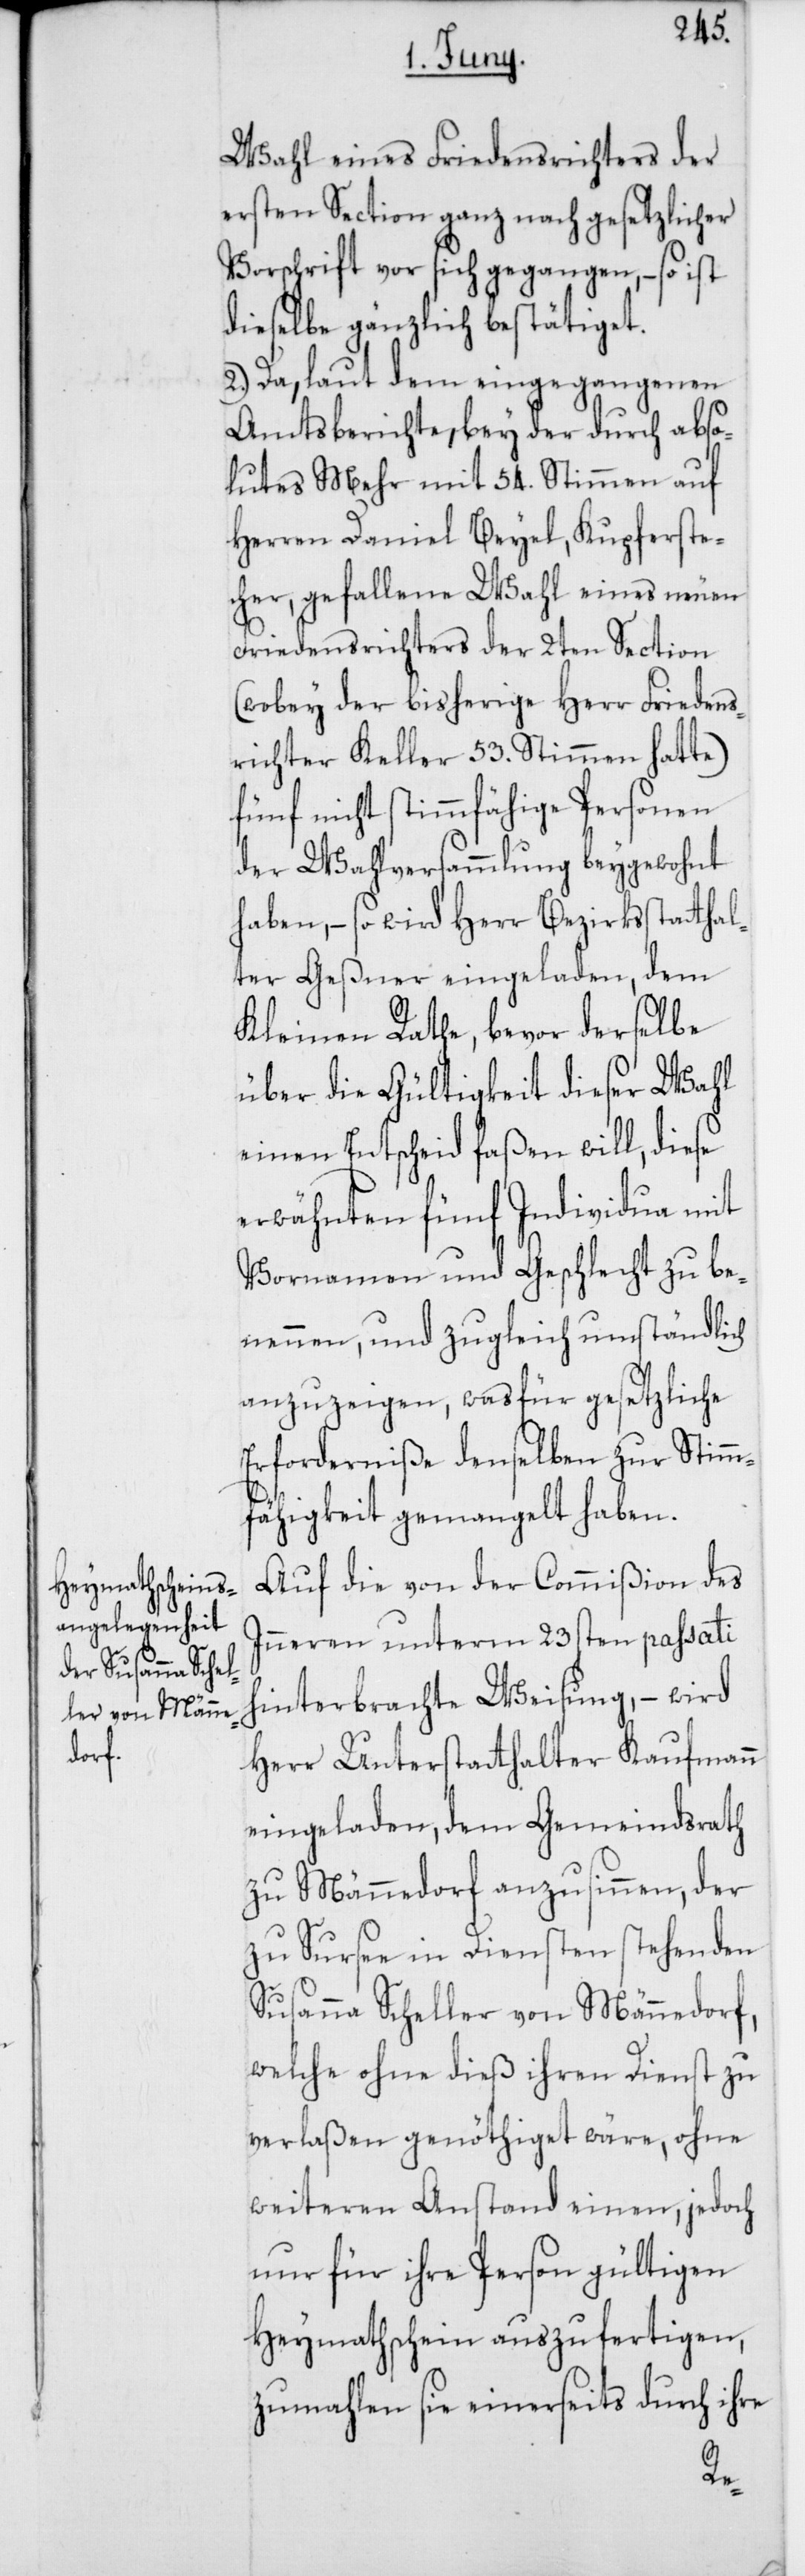
Wahl eines Friedensrichters der
ersten Section ganz nach gesetzlicher
Vorschrift vor sich gegangen, – so ist
dieselbe gänzlich betätiget.
2.) Da, laut dem eingegangenen
Amtsberichte, bey der durch abso¬
lutes Mehr mit 54. Stimmen auf
Herren Daniel Beyel, Kupferste¬
cher, gefallene Wahl eines neuen
Friedensrichters der 2ten Section
(wobey der bisherige Herr Friedens¬
richter Keller 53. Stimmen hatte)
fünf nicht stimmfähige Personen
der Wahlversammlung beygewohnt
haben, – so wird Herr Bezirksstatthal¬
ter Geßner eingeladen, dem
Kleinen Rathe, bevor derselbe
über die Gültigkeit dieser Wahl
einen Entscheid faßen will, diese
erwähnten fünf Individua mit
Vornamen und Geschlecht zu be¬
nennen, und zugleich umständlich
anzuzeigen, was für gesetzliche
Erforderniße denselben zur Stimm¬
fähigkeit gemangelt haben.
Auf die von der Commißion des
Inneren unterm 23sten passati
hinterbrachte Weisung, – wird
Herr Unterstatthalter Kaufmann
eingeladen, dem Gemeindsrath
zu Männedorf anzusinnen, der
zu Sursee in Diensten stehenden
Susanna Scheller von Männedorf,
welche ohne dieß ihren Dienst zu
verlaßen genöthiget wäre, ohne
weiteren Anstand einen, jedoch
nur für ihre Person gültigen
Heymathschein auszufertigen,
zumahlen sie einerseits durch ihre